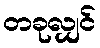
တခုလျှင်